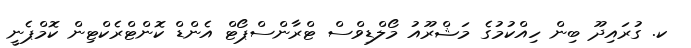
ކ. ގުރައިދޫ ބިން ހިއްކުމުގެ މަޝްރޫއު މޯލްޑިވްސް ޓްރާންސްޕޯޓް އެންޑް ކޮންޓްރެކްޓިން ކޮމްޕެނީ